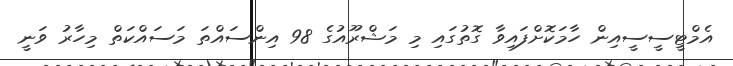
އެމްޓީސީސީއިން ހާމަކޮށްފައިވާ ގޮތުގައި މި މަޝްރޫއުގެ 98 އިންސައްތަ މަސައްކަތް މިހާރު ވަނީ